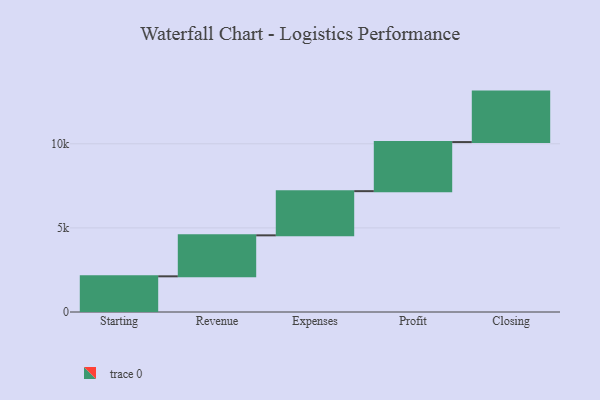
{"axis": {"x": "Step", "y": "Value"}, "legend": [""], "data": [{"x": "Starting", "y": 2121.0, "type": ""}, {"x": "Revenue", "y": 2436.0, "type": ""}, {"x": "Expenses", "y": 2627.0, "type": ""}, {"x": "Profit", "y": 2918.0, "type": ""}, {"x": "Closing", "y": 3000, "type": ""}]}